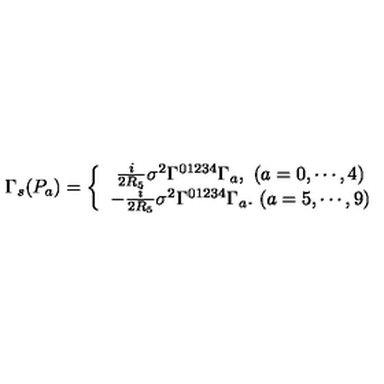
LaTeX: \Gamma _ { s } ( P _ { a } ) = \left\{ \begin{array} { c } { \frac { i } { 2 R _ { 5 } } \sigma ^ { 2 } \Gamma ^ { 0 1 2 3 4 } \Gamma _ { a } , \ ( a = 0 , \cdots , 4 ) } \\ { - \frac { i } { 2 R _ { 5 } } \sigma ^ { 2 } \Gamma ^ { 0 1 2 3 4 } \Gamma _ { a } . \ ( a = 5 , \cdots , 9 ) } \\ \end{array} \right.